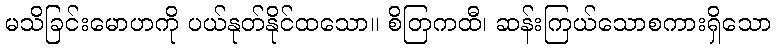
မသိခြင်းမောဟကို ပယ်နုတ်နိုင်ထသော။ စိတြကထီ၊ ဆန်းကြယ်သောစကားရှိသော